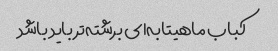
کباب ماهیتابه‌ای برشته‌تر باید باشد